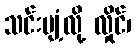
သင်းပျံ့လို့ လှိုင်၊